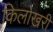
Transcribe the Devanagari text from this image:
किलोखरी